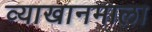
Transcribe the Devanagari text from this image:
व्याखानमाला